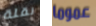
نقلة عموما